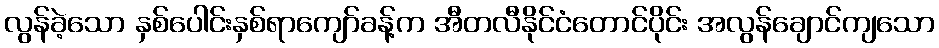
လွန်ခဲ့သော နှစ်ပေါင်းနှစ်ရာကျော်ခန့်က အီတလီနိုင်ငံတောင်ပိုင်း အလွန်ချောင်ကျသော